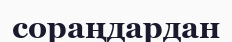
сораңдардан